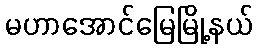
မဟာအောင်မြေမြို့နယ်